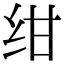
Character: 绀